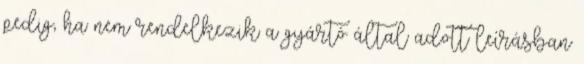
pedig, ha nem rendelkezik a gyártó által adott leírásban